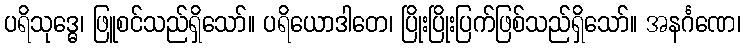
ပရိသုဒ္ဓေ၊ ဖြူစင်သည်ရှိသော်။ ပရိယောဒါတေ၊ ပြိုးပြိုးပြက်ဖြစ်သည်ရှိသော်။ အနင်္ဂဏေ၊